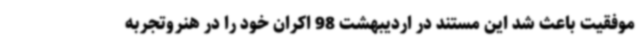
موفقیت باعث شد این مستند در اردیبهشت 98 اکران خود را در هنروتجربه